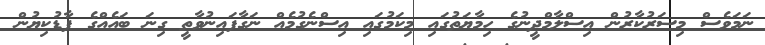
ނަމަވެސް މިސަރުކާރުން އިސްލާމްދީނުގެ ހިމާޔަތުގައި މިކަމުގައި އިސްނެގުމެއް ނަގާފައިނުވާތީ ގިނަ ބައެއްގެ ފާޑުކިޔުން